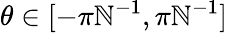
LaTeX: \theta\in\lbrack-\pi\mathbb{N}^{-1},\pi\mathbb{N}^{-1}]